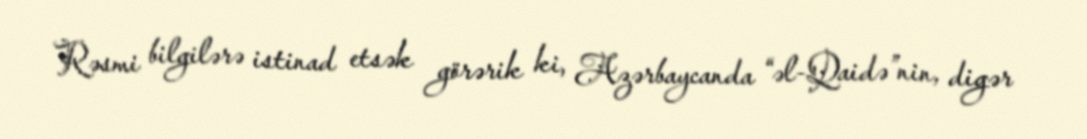
Rəsmi bilgilərə istinad etsək görərik ki, Azərbaycanda “əl-Qaidə”nin, digər